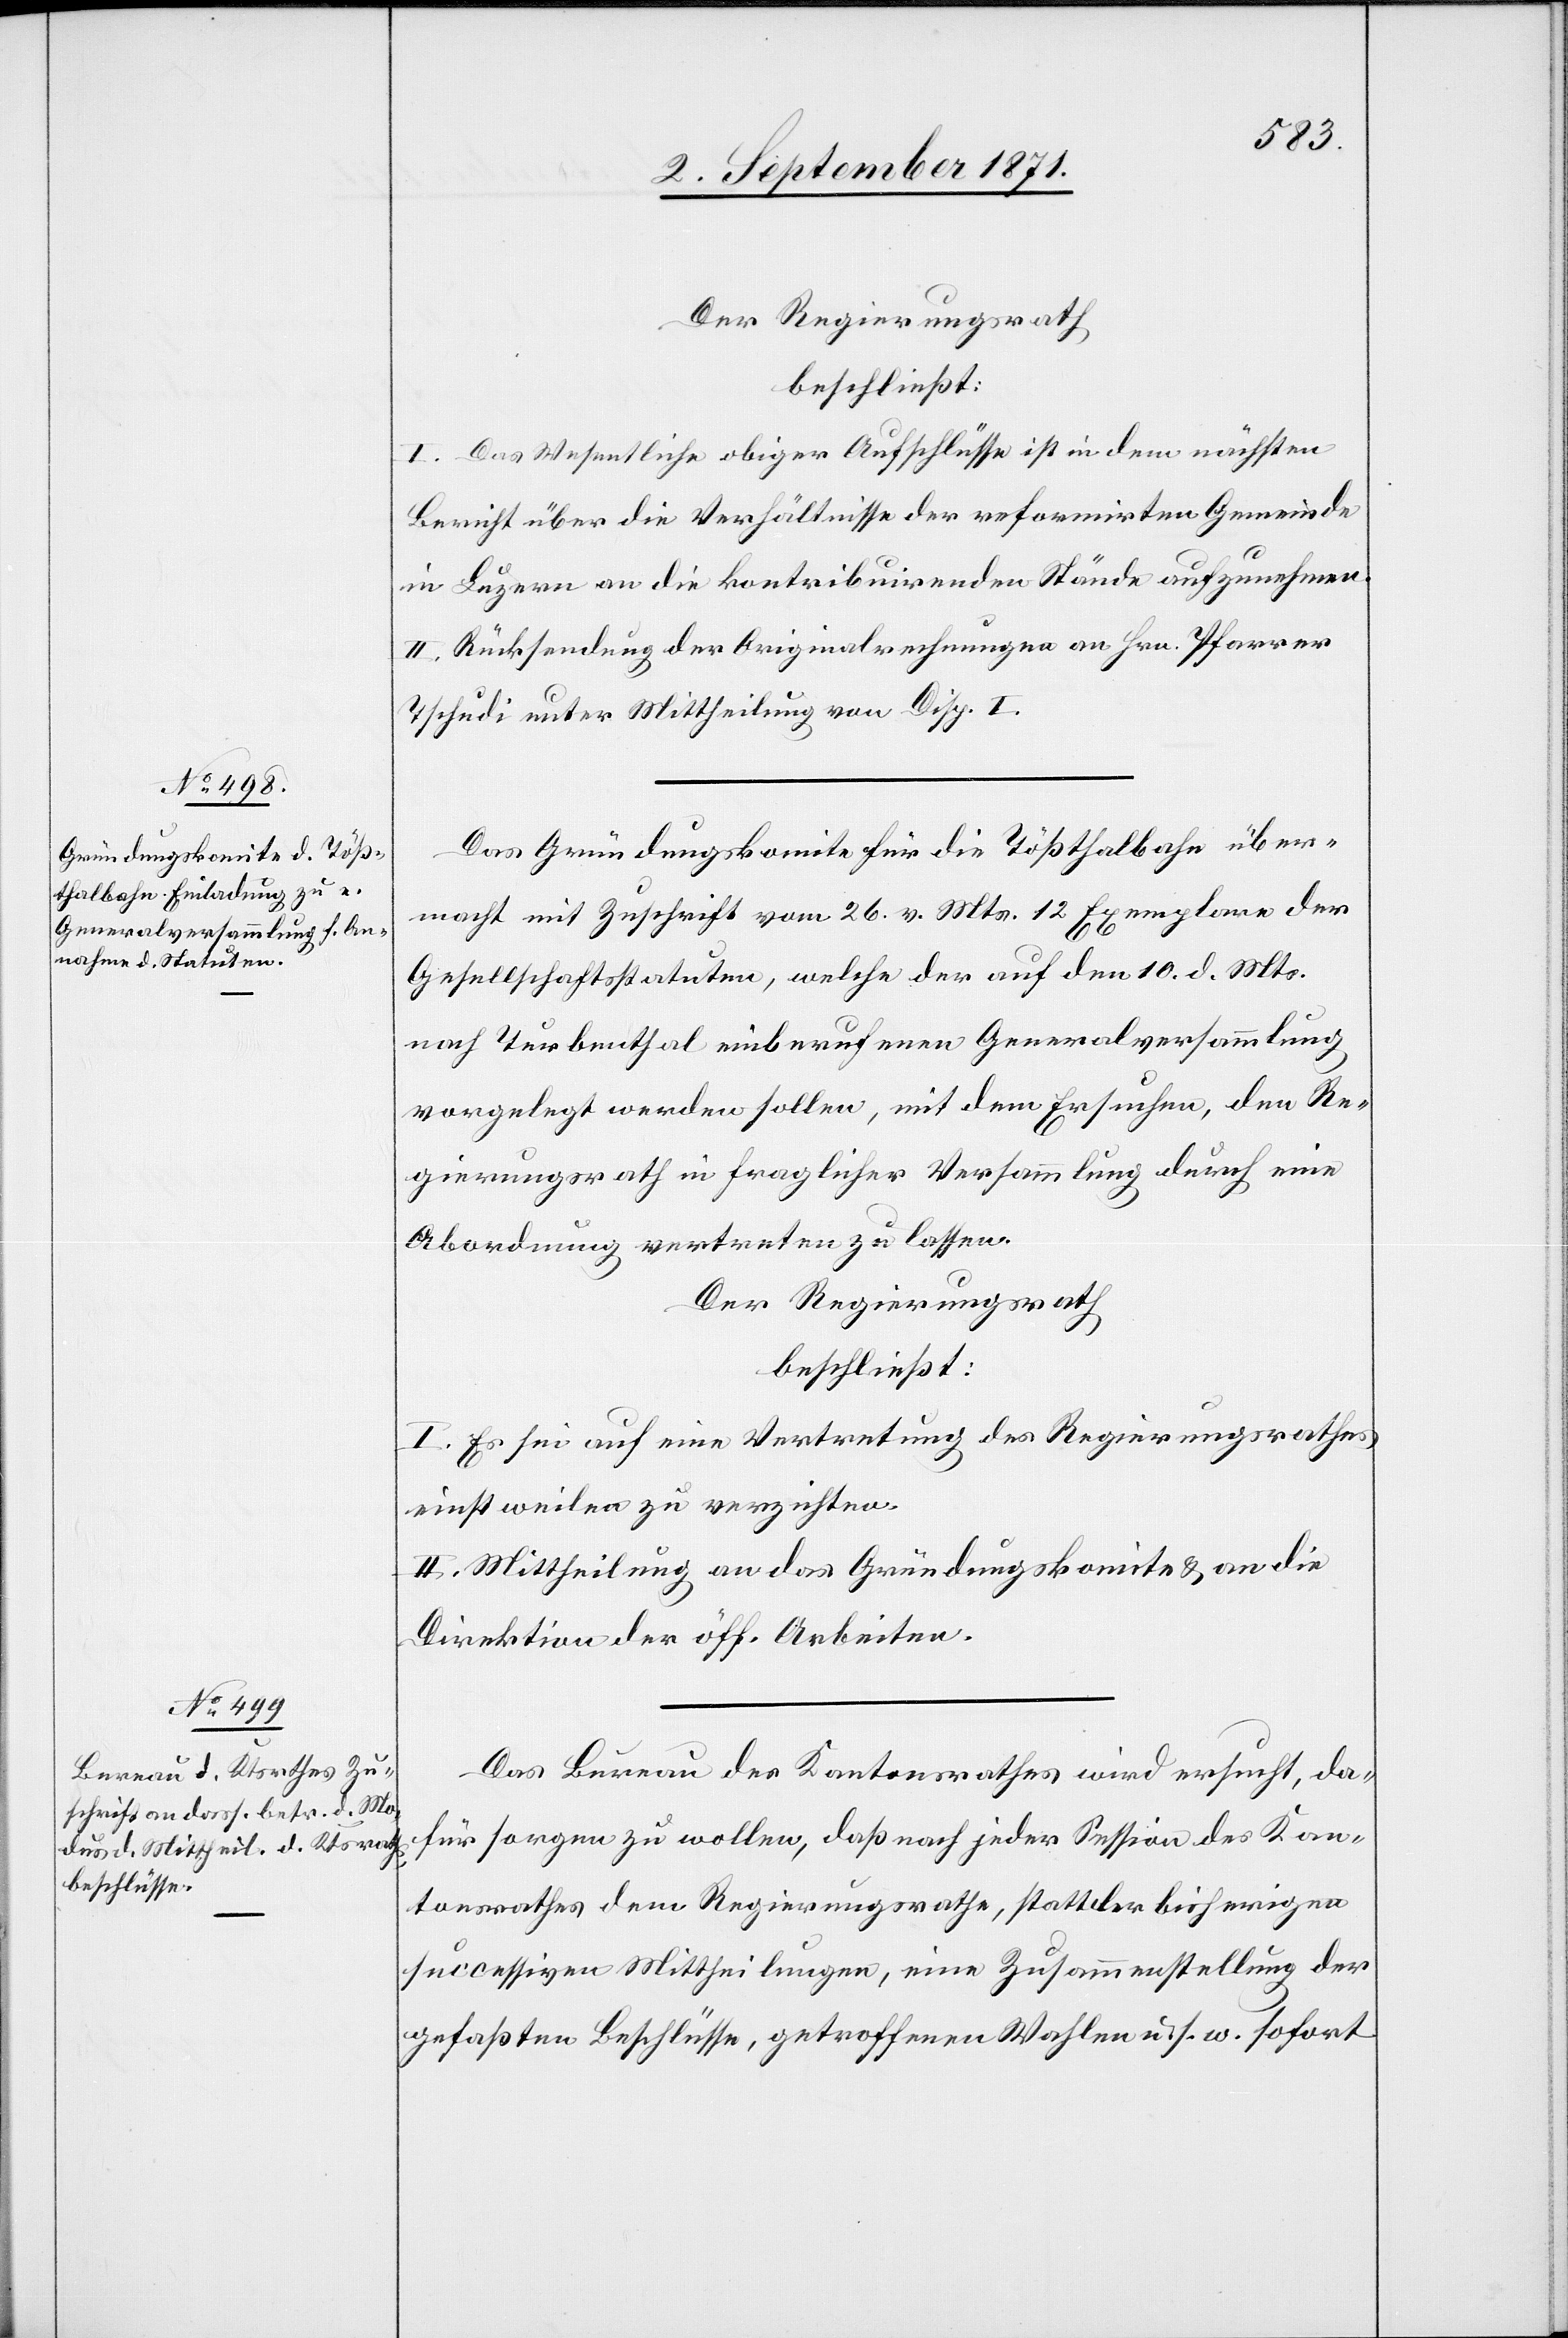
Der Regierungsrath
beschließt:
I. Das Wesentliche obiger Aufschlüsse ist in dem nächsten
Bericht über die Verhältnisse der reformirten Gemeinde
in Luzern an die kontribuirenden Stände aufzunehmen.
II. Rücksendung der Originalrechnungen an Hrn. Pfarrer
Tschudi unter Mittheilung von Disp. I.
Das Gründungskomite für die Tößthalbahn über¬
macht mit Zuschrift vom 26. v. Mts. 12 Exemplare der
Gesellschaftstatuten, welche der auf den 10. d. Mts.
nach Turbenthal einberufenen Generalversammlung
vorgelegt werden sollen, mit dem Ersuchen, den Re¬
gierungsrath in fraglicher Versammlung durch eine
Abordnung vertreten zu lassen.
Der Regierungsrath
beschließt:
I. Es sei auf eine Vertretung des Regierungsrathes
einstweilen zu verzichten.
II. Mittheilung an das Gründungskomite & an die
Direktion der öff. Arbeiten.
Das Bureau des Kantonsrathes wird ersucht, da¬
für sorgen zu wollen, daß nach jeder Session des Kan¬
tonsrathes dem Regierungsrathe, statt der bisherigen
successiven Mittheilungen, eine Zusammenstellung der
gefassten Beschlüsse, getroffenen Wahlen u. s. w. sofort